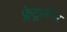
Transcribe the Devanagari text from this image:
फ्लेटूलेन्स